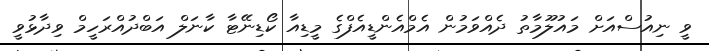
ވީ ނިއުސްއަށް މައުލޫމާތު ދެއްވަމުން އެމްއެންޑީއެފްގެ މީޑިއާ ކޯޑިނޭޓާ ކާނަލް އަބްދުއްރަހީމް ވިދާޅުވީ